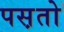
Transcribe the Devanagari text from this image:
पस़तो